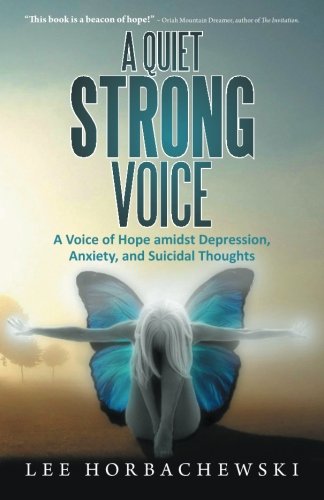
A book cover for A Quiet Strong Voice: A Voice of Hope amidst Depression,  Anxiety, and Suicidal Thoughts; Lee Horbachewski; Health, Fitness & Dieting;